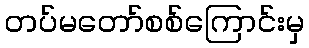
တပ်မတော်စစ်ကြောင်းမှ